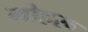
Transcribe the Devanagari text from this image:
मोहरू